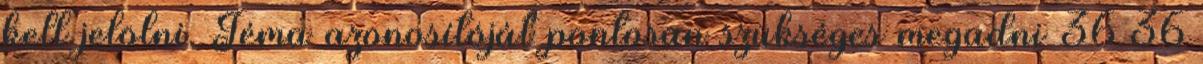
kell jelölni. Téma azonosítóját pontosan szükséges megadni 36 36